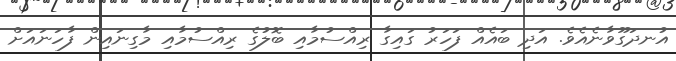
އުނދަގޫވާނެއެވެ. އަދި ބައެއް ފަހަރު ގައިގާ ރިއްސުމާއި ބޮލުގެ ރިއްސުމާއި މާގިނައިން ފާހަނައަށް